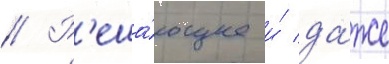
// Р'еша́ющее и́ да́же